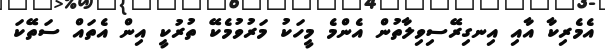
އެމެރިކާ އާއި އިނގިރޭސިވިލާތުން އެންމެ މީހަކު މަރުވުމެކޭ ތުރުކީ އިން އެތައް ސަތޭކަ